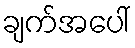
ချက်အပေါ်